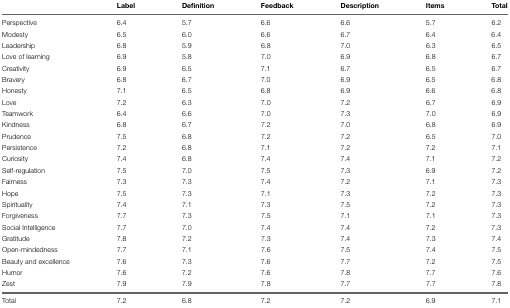
|  | Label | Definition | Feedback | Description | Items | Total |
 | --- | --- | --- | --- | --- | --- | --- |
 | Perspective | 6.4 | 5.7 | 6.6 | 6.6 | 5.7 | 6.2 |
 | Modesty | 6.5 | 6.0 | 6.6 | 6.7 | 6.4 | 6.4 |
 | Leadership | 6.8 | 5.9 | 6.8 | 7.0 | 6.3 | 6.5 |
 | Love of learning | 6.9 | 5.8 | 7.0 | 6.9 | 6.8 | 6.7 |
 | Creativity | 6.9 | 6.5 | 7.1 | 6.7 | 6.5 | 6.7 |
 | Bravery | 6.8 | 6.7 | 7.0 | 6.9 | 6.5 | 6.8 |
 | Honesty | 7.1 | 6.5 | 6.8 | 6.9 | 6.6 | 6.8 |
 | Love | 7.2 | 6.3 | 7.0 | 7.2 | 6.7 | 6.9 |
 | Teamwork | 6.4 | 6.6 | 7.0 | 7.3 | 7.0 | 6.9 |
 | Kindness | 6.8 | 6.7 | 7.2 | 7.0 | 6.8 | 6.9 |
 | Prudence | 7.5 | 6.8 | 7.2 | 7.2 | 6.5 | 7.0 |
 | Persistence | 7.2 | 6.8 | 7.1 | 7.2 | 7.2 | 7.1 |
 | Curiosity | 7.4 | 6.8 | 7.4 | 7.4 | 7.1 | 7.2 |
 | Self-regulation | 7.5 | 7.0 | 7.5 | 7.3 | 6.9 | 7.2 |
 | Fairness | 7.3 | 7.3 | 7.4 | 7.2 | 7.1 | 7.3 |
 | Hope | 7.5 | 7.3 | 7.1 | 7.3 | 7.2 | 7.3 |
 | Spirituality | 7.4 | 7.1 | 7.3 | 7.5 | 7.2 | 7.3 |
 | Forgiveness | 7.7 | 7.3 | 7.5 | 7.1 | 7.1 | 7.3 |
 | Social Intelligence | 7.7 | 7.0 | 7.4 | 7.4 | 7.2 | 7.3 |
 | Gratitude | 7.8 | 7.2 | 7.3 | 7.4 | 7.3 | 7.4 |
 | Open-mindedness | 7.7 | 7.1 | 7.6 | 7.5 | 7.4 | 7.5 |
 | Beauty and excellence | 7.6 | 7.3 | 7.6 | 7.7 | 7.2 | 7.5 |
 | Humor | 7.6 | 7.2 | 7.6 | 7.8 | 7.7 | 7.6 |
 | Zest | 7.9 | 7.9 | 7.8 | 7.7 | 7.7 | 7.8 |
 | Total | 7.2 | 6.8 | 7.2 | 7.2 | 6.9 | 7.1 |